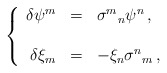
\begin{align*}\left\{\begin{array}{rcl}\delta \psi^{m} & = & \sigma^{m}{}_{n}\psi^{n}\, ,\\& & \\\delta \xi_{m} & = & -\xi_{n}\sigma^{n}{}_{m}\, ,\\\end{array}\right.\end{align*}